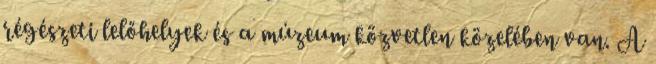
régészeti lelőhelyek és a múzeum közvetlen közelében van. A